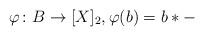
LaTeX: \begin{align*}\varphi\colon B \rightarrow [X]_2, \varphi(b) = b \ast -\end{align*}